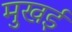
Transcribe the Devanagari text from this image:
मुखई